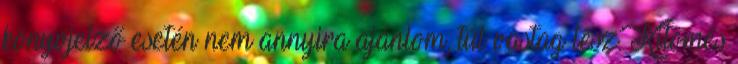
könyvjelző esetén nem annyira ajánlom, túl vastag lesz. Kitömés